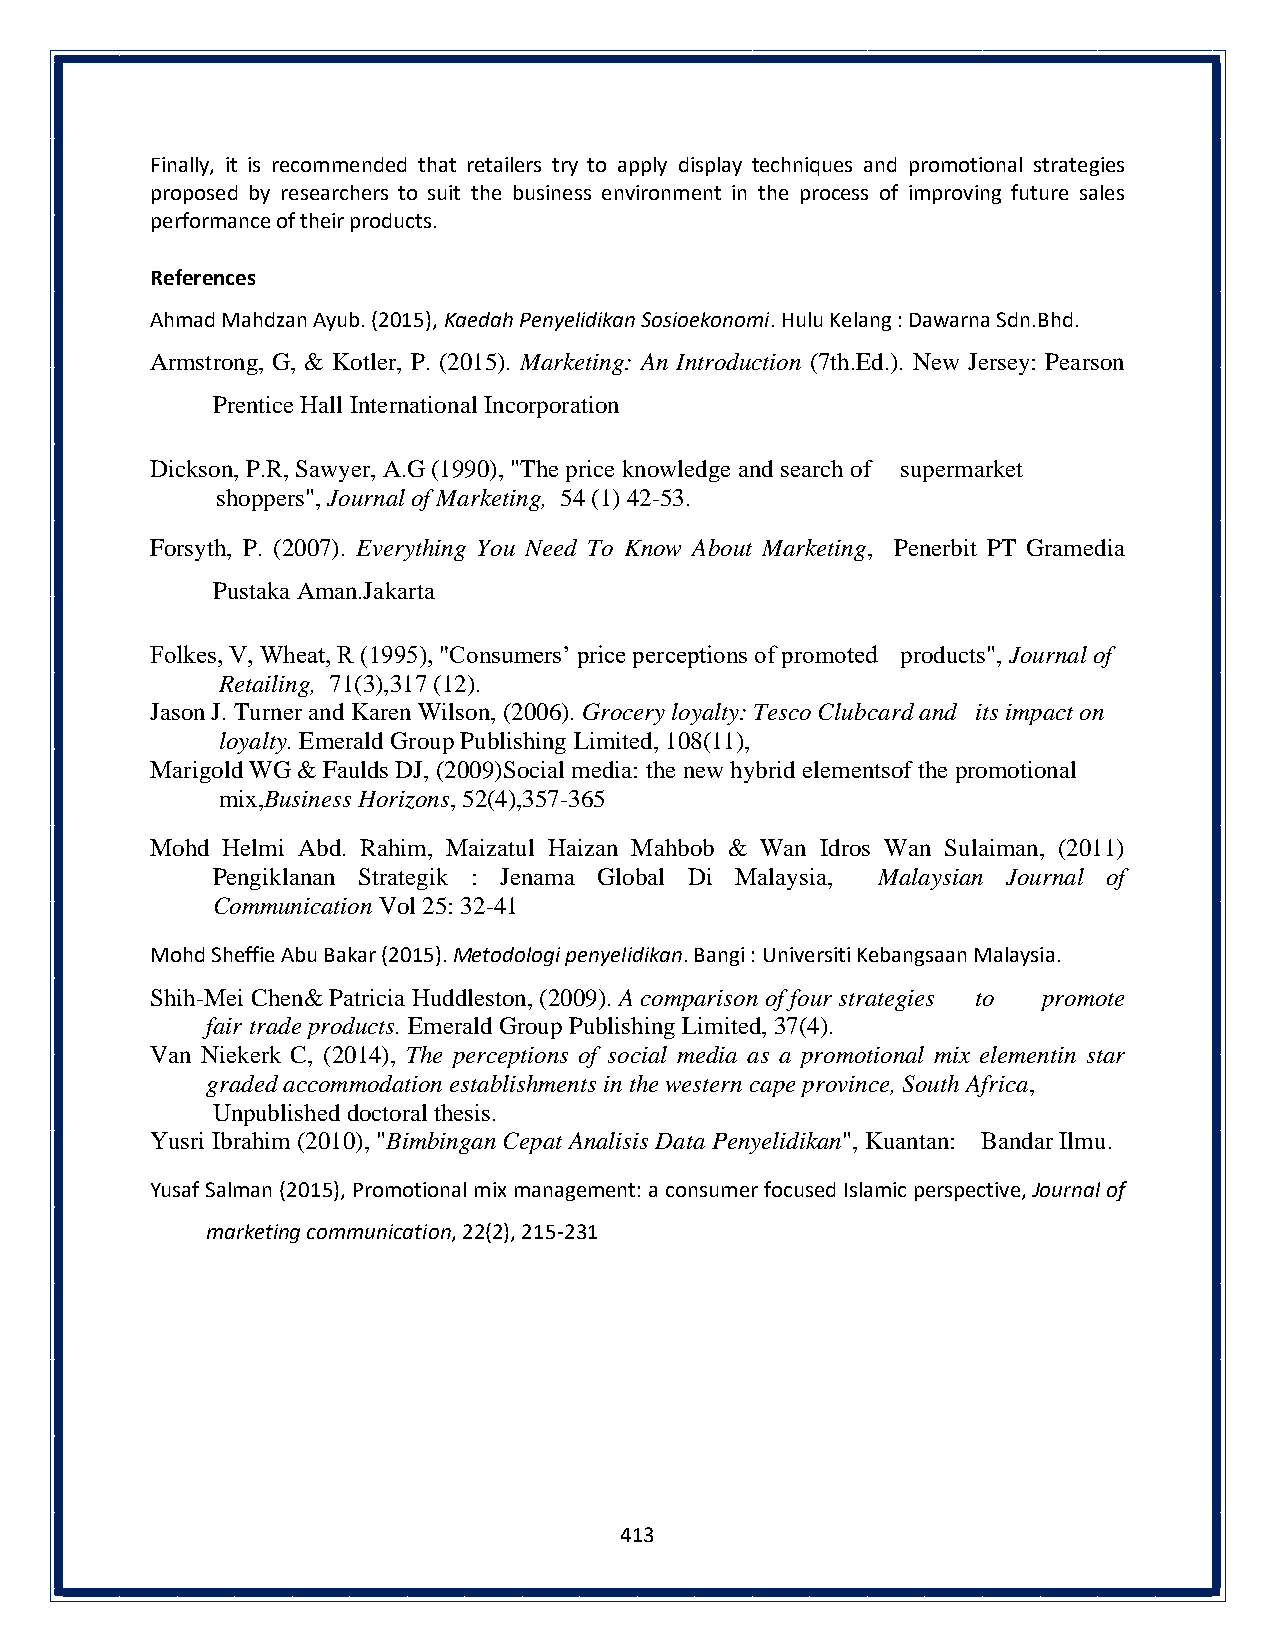
Finally, it is recommended that retailers try to apply display techniques and promotional strategies
 proposed by researchers to suit the business environment in the process of improving future sales
 performance of their products.
 References
 Ahmad Mahdzan Ayub. (2015), Kaedah Penyelidikan Sosioekonomi. Hulu Kelang : Dawarna Sdn.Bhd.
 Armstrong, G, & Kotler, P. (2015). Marketing: An Introduction (7th.Ed.). New Jersey: Pearson
 Prentice Hall International Incorporation
 Dickson, P.R, Sawyer, A.G (1990), "The price knowledge and search of supermarket
 shoppers", Journal of Marketing, 54 (1) 42-53.
 Forsyth, P. (2007). Everything You Need To Know About Marketing, Penerbit PT Gramedia
 Pustaka Aman.Jakarta
 Folkes, V, Wheat, R (1995), "Consumers’ price perceptions of promoted products", Journal of
 Retailing, 71(3),317 (12).
 Jason J. Turner and Karen Wilson, (2006). Grocery loyalty: Tesco Clubcard and its impact on
 loyalty. Emerald Group Publishing Limited, 108(11),
 Marigold WG & Faulds DJ, (2009)Social media: the new hybrid elementsof the promotional
 mix,Business Horizons, 52(4),357-365
 Mohd Helmi Abd. Rahim, Maizatul Haizan Mahbob & Wan Idros Wan Sulaiman, (2011)
 Pengiklanan Strategik : Jenama Global Di Malaysia, Malaysian Journal of
 Communication Vol 25: 32-41
 Mohd Sheffie Abu Bakar (2015). Metodologi penyelidikan. Bangi : Universiti Kebangsaan Malaysia.
 Shih-Mei Chen& Patricia Huddleston, (2009). A comparison of four strategies to promote
 fair trade products. Emerald Group Publishing Limited, 37(4).
 Van Niekerk C, (2014), The perceptions of social media as a promotional mix elementin star
 graded accommodation establishments in the western cape province, South Africa,
 Unpublished doctoral thesis.
 Yusri Ibrahim (2010), "Bimbingan Cepat Analisis Data Penyelidikan", Kuantan: Bandar Ilmu.
 Yusaf Salman (2015), Promotional mix management: a consumer focused Islamic perspective, Journal of
 marketing communication, 22(2), 215-231
 413